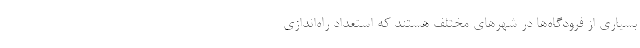
بسیاری از فرودگاه‌ها در شهر‌های مختلف هستند که استعداد راه‌اندازی